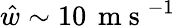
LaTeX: \hat{w}\sim 10\, \mathrm{~m~s~}^{-1}